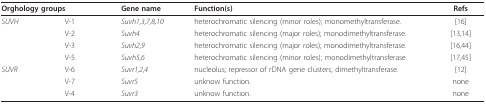
<table><thead><tr><td colspan="2"><b>Orghology groups</b></td><td><b>Gene name</b></td><td><b>Function(s)</b></td><td><b>Refs</b></td></tr></thead><tbody><tr><td><i>SUVH</i></td><td>V-1</td><td><i>Suvh1,3,7,8,10</i></td><td>heterochromatic silencing (minor roles); monomethyltransferase.</td><td>[16]</td></tr><tr><td></td><td>V-2</td><td><i>Suvh4</i></td><td>heterochromatic silencing (major roles); monodimethyltransferase.</td><td>[13,14]</td></tr><tr><td></td><td>V-3</td><td><i>Suvh2,9</i></td><td>heterochromatic silencing (major roles); monodimethyltransferase.</td><td>[16,44]</td></tr><tr><td></td><td>V-5</td><td><i>Suvh5,6</i></td><td>heterochromatic silencing (minor roles); monodimethyltransferase.</td><td>[17,45]</td></tr><tr><td><i>SUVR</i></td><td>V-6</td><td><i>Suvr1,2,4</i></td><td>nucleolus; repressor of rDNA gene clusters; dimethyltransferase.</td><td>[12]</td></tr><tr><td></td><td>V-7</td><td><i>Suvr5</i></td><td>unknow function.</td><td>none</td></tr><tr><td></td><td>V-4</td><td><i>Suvr3</i></td><td>unknow function.</td><td>none</td></tr></tbody></table>